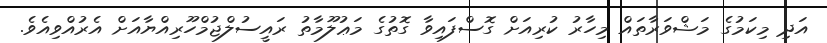
އަދި މިކަމުގެ މަޝްވަރާތައް މިހާރު ކުރިއަށް ގޮސްފައިވާ ގޮތުގެ މަޢުލޫމާތު ރައީސުލްޖުމްހޫރިއްޔާއަށް އެރުއްވިއެވެ.